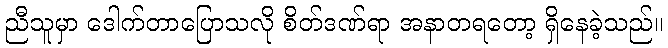
ညီသူမှာ ဒေါက်တာပြောသလို စိတ်ဒဏ်ရာ အနာတရတော့ ရှိနေခဲ့သည်။